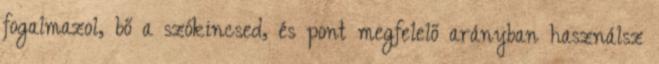
fogalmazol, bő a szókincsed, és pont megfelelő arányban használsz